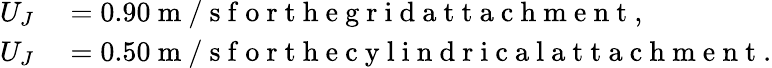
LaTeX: \begin{array}{rl}{U_{J}}&{{}=0.90\mathrm{~m~/~s~f~o~r~t~h~e~g~r~i~d~a~t~t~a~c~h~m~e~n~t~},}\\ {U_{J}}&{{}=0.50\mathrm{~m~/~s~f~o~r~t~h~e~c~y~l~i~n~d~r~i~c~a~l~a~t~t~a~c~h~m~e~n~t~}.}\end{array}